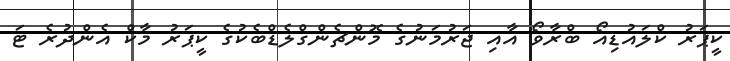
ކީޕަރު ކްލައުޑިއޯ ބްރާވޯ އާއި ޖަރުމަނުގެ މޮންޗެންގްލެޑްބެކުގެ ކީޕަރު މާކް އެންދުރެ ޓަ